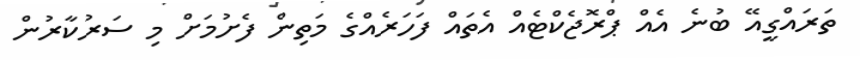
ތަރައްގީއޭ ބުނެ އެއް ޕްރޮޖެކްޓެއް އެތައް ފަހަރެއްގެ މަތިން ފެށުމަށް މި ސަރުކާރުން